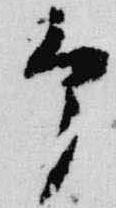
予